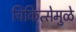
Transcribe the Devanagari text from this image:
चिकित्सेमुळे